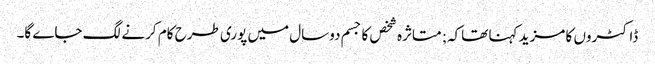
ڈاکٹروں کا مزید کہنا تھاکہ; متاثرہ شخص کا جسم دوسال میں پوری طرح کام کرنے لگ جاے گا۔